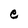
Character: e